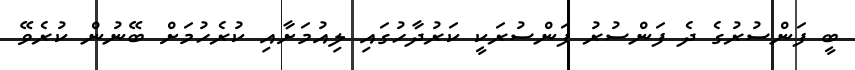
ބީ ފަންސުރުގެ ދެ ފަންސުރު ފަންސުރަކީ ކަރުދާހުގައި ލިއުމަށާއި ކުރެހުމަށް ބޭނުން ކުރެވޭ